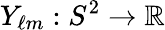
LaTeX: Y_{\ell m}:S^{2}\to\mathbb{R}